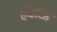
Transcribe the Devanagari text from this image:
हेडाऊ